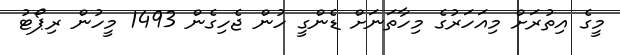
މީގެ އިތުރަށް މިއަހަރުގެ މިހާތަނަށް ޑެންގީ ހުން ޖެހިގެން 1493 މީހުން ރިޕޯޓު